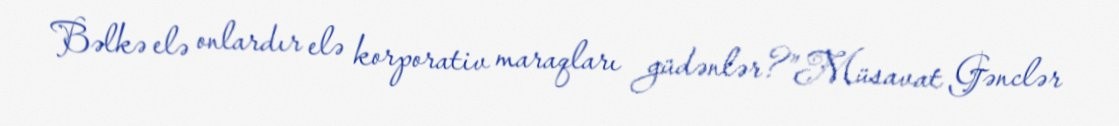
Bəlkə elə onlardır elə korporativ maraqları güdənlər?”Müsavat Gənclər